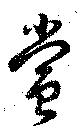
賞